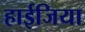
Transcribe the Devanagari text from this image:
हाईजिया